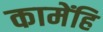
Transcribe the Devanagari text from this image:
कामेंहि